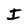
Character: I